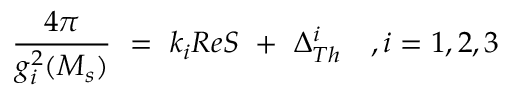
{ \frac { 4 \pi } { g _ { i } ^ { 2 } ( M _ { s } ) } } \ = \ k _ { i } R e S \ + \ \Delta _ { T h } ^ { i } \ \ \ , i = 1 , 2 , 3